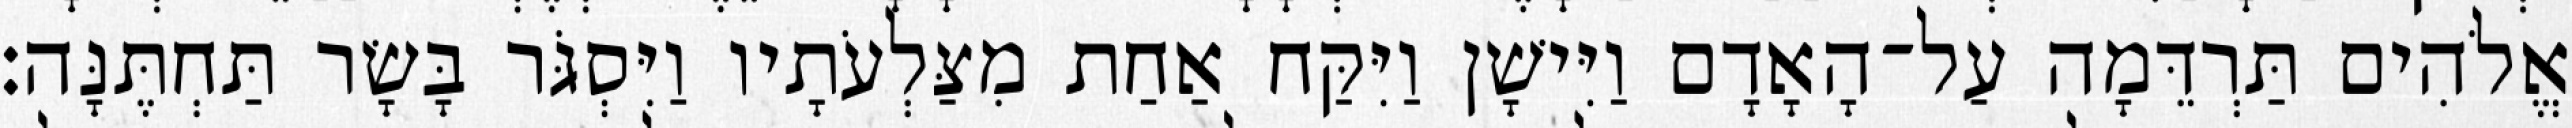
אֱלֹהִים תַּרְדֵּמָה עַל־הָאָדָם וַיִּישָׁן וַיִּקַּח אַחַת מִצַּלְעֹתָיו וַיִּסְגֹּר בָּשָׂר תַּחְתֶּנָּה׃